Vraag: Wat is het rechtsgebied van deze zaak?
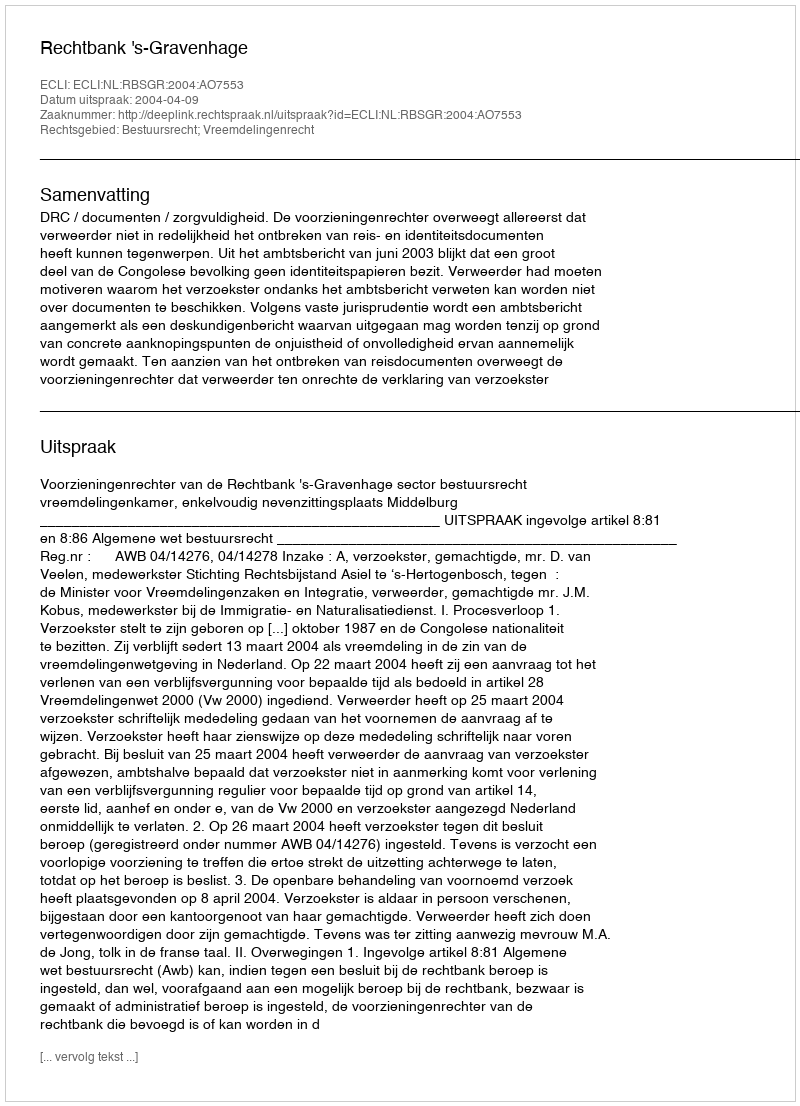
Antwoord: Bestuursrecht; Vreemdelingenrecht